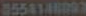
8554148093